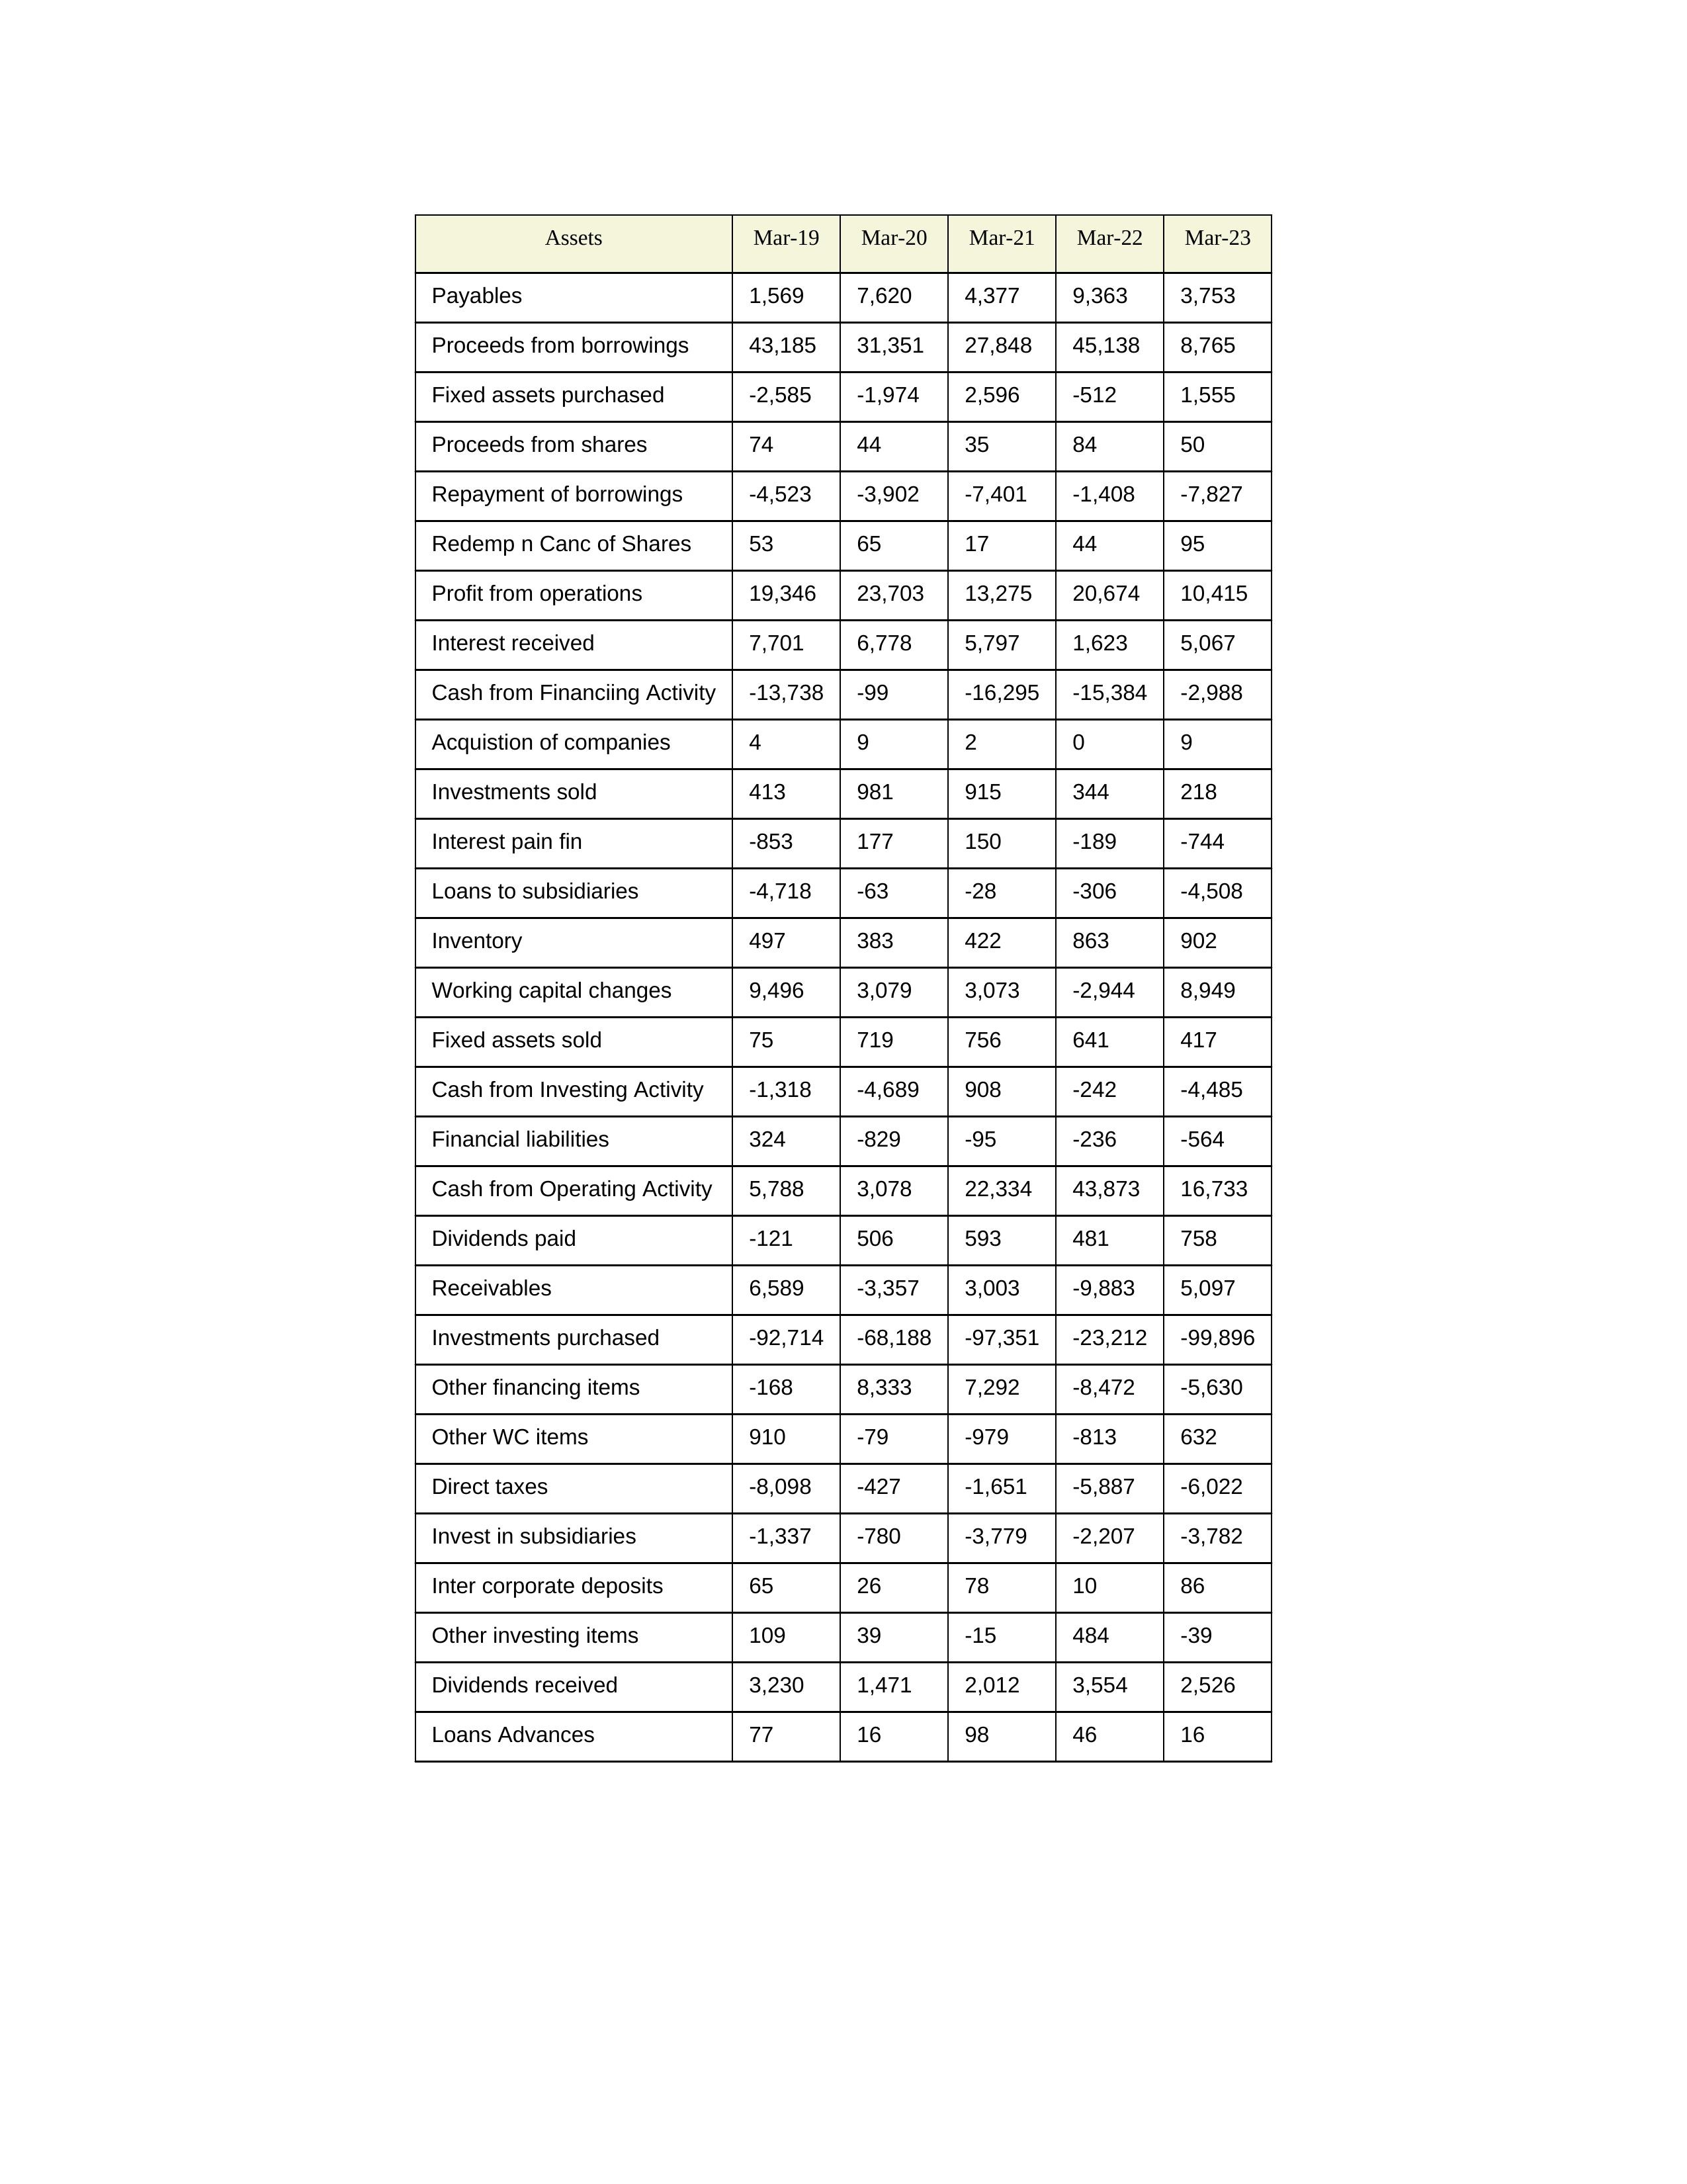
gt_parse: Mar-19: Cash from Operating Activity: 5,788
Profit from operations: 19,346
Receivables: 6,589
Inventory: 497
Payables: 1,569
Loans Advances: 77
Other WC items: 910
Working capital changes: 9,496
Direct taxes: -8,098
Cash from Investing Activity: -1,318
Fixed assets purchased: -2,585
Fixed assets sold: 75
Investments purchased: -92,714
Investments sold: 413
Interest received: 7,701
Dividends received: 3,230
Invest in subsidiaries: -1,337
Loans to subsidiaries: -4,718
Redemp n Canc of Shares: 53
Acquistion of companies: 4
Inter corporate deposits: 65
Other investing items: 109
Cash from Financiing Activity: -13,738
Proceeds from shares: 74
Proceeds from borrowings: 43,185
Repayment of borrowings: -4,523
Interest pain fin: -853
Dividends paid: -121
Financial liabilities: 324
Other financing items: -168
Mar-20: Cash from Operating Activity: 3,078
Profit from operations: 23,703
Receivables: -3,357
Inventory: 383
Payables: 7,620
Loans Advances: 16
Other WC items: -79
Working capital changes: 3,079
Direct taxes: -427
Cash from Investing Activity: -4,689
Fixed assets purchased: -1,974
Fixed assets sold: 719
Investments purchased: -68,188
Investments sold: 981
Interest received: 6,778
Dividends received: 1,471
Invest in subsidiaries: -780
Loans to subsidiaries: -63
Redemp n Canc of Shares: 65
Acquistion of companies: 9
Inter corporate deposits: 26
Other investing items: 39
Cash from Financiing Activity: -99
Proceeds from shares: 44
Proceeds from borrowings: 31,351
Repayment of borrowings: -3,902
Interest pain fin: 177
Dividends paid: 506
Financial liabilities: -829
Other financing items: 8,333
Mar-21: Cash from Operating Activity: 22,334
Profit from operations: 13,275
Receivables: 3,003
Inventory: 422
Payables: 4,377
Loans Advances: 98
Other WC items: -979
Working capital changes: 3,073
Direct taxes: -1,651
Cash from Investing Activity: 908
Fixed assets purchased: 2,596
Fixed assets sold: 756
Investments purchased: -97,351
Investments sold: 915
Interest received: 5,797
Dividends received: 2,012
Invest in subsidiaries: -3,779
Loans to subsidiaries: -28
Redemp n Canc of Shares: 17
Acquistion of companies: 2
Inter corporate deposits: 78
Other investing items: -15
Cash from Financiing Activity: -16,295
Proceeds from shares: 35
Proceeds from borrowings: 27,848
Repayment of borrowings: -7,401
Interest pain fin: 150
Dividends paid: 593
Financial liabilities: -95
Other financing items: 7,292
Mar-22: Cash from Operating Activity: 43,873
Profit from operations: 20,674
Receivables: -9,883
Inventory: 863
Payables: 9,363
Loans Advances: 46
Other WC items: -813
Working capital changes: -2,944
Direct taxes: -5,887
Cash from Investing Activity: -242
Fixed assets purchased: -512
Fixed assets sold: 641
Investments purchased: -23,212
Investments sold: 344
Interest received: 1,623
Dividends received: 3,554
Invest in subsidiaries: -2,207
Loans to subsidiaries: -306
Redemp n Canc of Shares: 44
Acquistion of companies: 0
Inter corporate deposits: 10
Other investing items: 484
Cash from Financiing Activity: -15,384
Proceeds from shares: 84
Proceeds from borrowings: 45,138
Repayment of borrowings: -1,408
Interest pain fin: -189
Dividends paid: 481
Financial liabilities: -236
Other financing items: -8,472
Mar-23: Cash from Operating Activity: 16,733
Profit from operations: 10,415
Receivables: 5,097
Inventory: 902
Payables: 3,753
Loans Advances: 16
Other WC items: 632
Working capital changes: 8,949
Direct taxes: -6,022
Cash from Investing Activity: -4,485
Fixed assets purchased: 1,555
Fixed assets sold: 417
Investments purchased: -99,896
Investments sold: 218
Interest received: 5,067
Dividends received: 2,526
Invest in subsidiaries: -3,782
Loans to subsidiaries: -4,508
Redemp n Canc of Shares: 95
Acquistion of companies: 9
Inter corporate deposits: 86
Other investing items: -39
Cash from Financiing Activity: -2,988
Proceeds from shares: 50
Proceeds from borrowings: 8,765
Repayment of borrowings: -7,827
Interest pain fin: -744
Dividends paid: 758
Financial liabilities: -564
Other financing items: -5,630